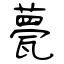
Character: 甍